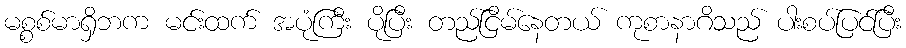
မစ္စစ်မာရှိဘက မင်းထက် အပုံကြီး ပိုပြီး တည်ငြိမ်နေတယ် ကုစာနာဂိသည် ပါးစပ်ပြင်ပြီး